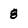
Character: 8